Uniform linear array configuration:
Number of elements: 4
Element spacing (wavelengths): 1
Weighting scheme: binomial
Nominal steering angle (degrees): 30
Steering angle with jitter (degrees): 31.436
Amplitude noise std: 0.05
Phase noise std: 0.05

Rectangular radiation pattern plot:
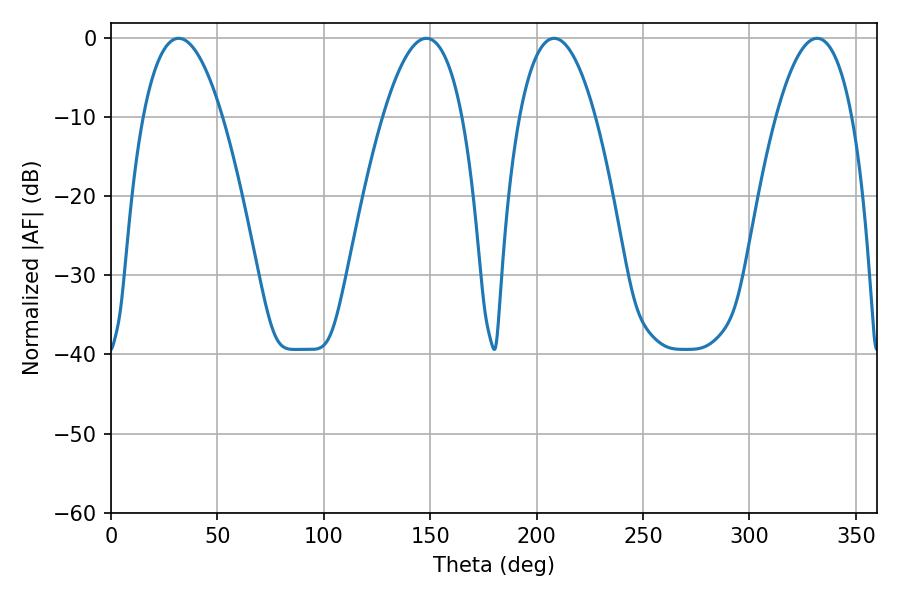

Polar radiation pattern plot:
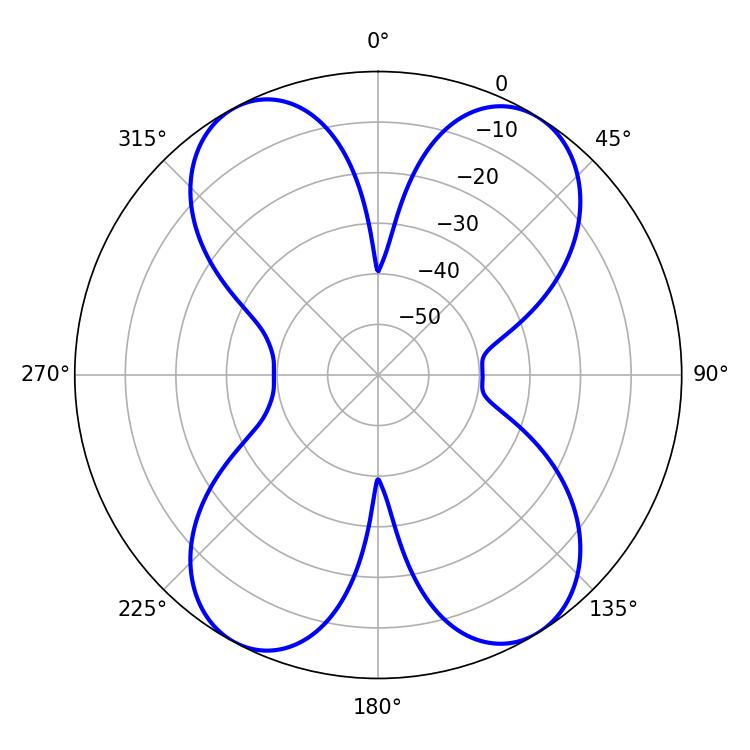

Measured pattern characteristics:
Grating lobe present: TRUE
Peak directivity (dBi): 15.37
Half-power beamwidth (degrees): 19.98
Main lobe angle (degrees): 208.26